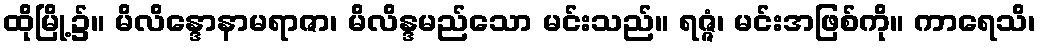
ထိုမြို့၌။ မိလိန္ဒောနာမရာဇာ၊ မိလိန္ဒမည်သော မင်းသည်။ ရဇ္ဇံ၊ မင်းအဖြစ်ကို။ ကာရေသိ၊